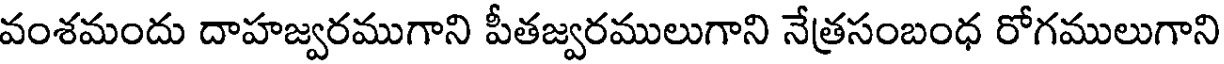
వంశమందు దాహజ్వరముగాని పీతజ్వరములుగాని నేత్రసంబంధ రోగములుగాని